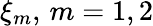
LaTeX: \xi_{m},\, m=1,2